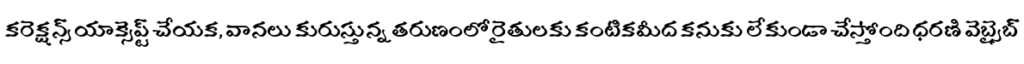
కరెక్షన్స్ యాక్సెప్ట్ చేయక, వానలు కురుస్తున్న తరుణంలో రైతులకు కంటికమీద కనుకు లేకుండా చేస్తోంది ధరణి వెబ్సైబ్